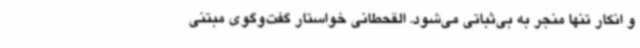
و انکار تنها منجر به بی‌ثباتی می‌شود. القحطانی خواستار گفت‌وگوی مبتنی